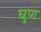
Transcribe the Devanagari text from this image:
घुण